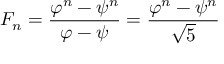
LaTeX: F _ { n } = { \frac { \varphi ^ { n } - \psi ^ { n } } { \varphi - \psi } } = { \frac { \varphi ^ { n } - \psi ^ { n } } { \sqrt { 5 } } }